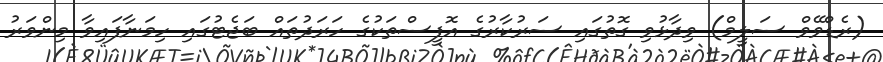
(ރެޑްވޭވް ސަލީމް) ވިދާޅުވި ގޮތުގައި ސަރުކާރުގެ އޮފީސްތަކުގެ ހަރަދުތައް ބަޖެޓުގައި ހިމަނާފައިވާ މިންވަރު